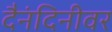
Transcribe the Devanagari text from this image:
दैनंदिनीवर